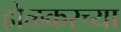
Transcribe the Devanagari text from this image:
होळकरच्या